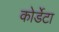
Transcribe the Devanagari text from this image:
कोर्डेटा